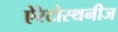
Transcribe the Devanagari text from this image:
ऐरेटोस्थनीज